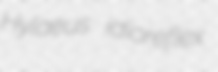
Hylaeus idioreflex